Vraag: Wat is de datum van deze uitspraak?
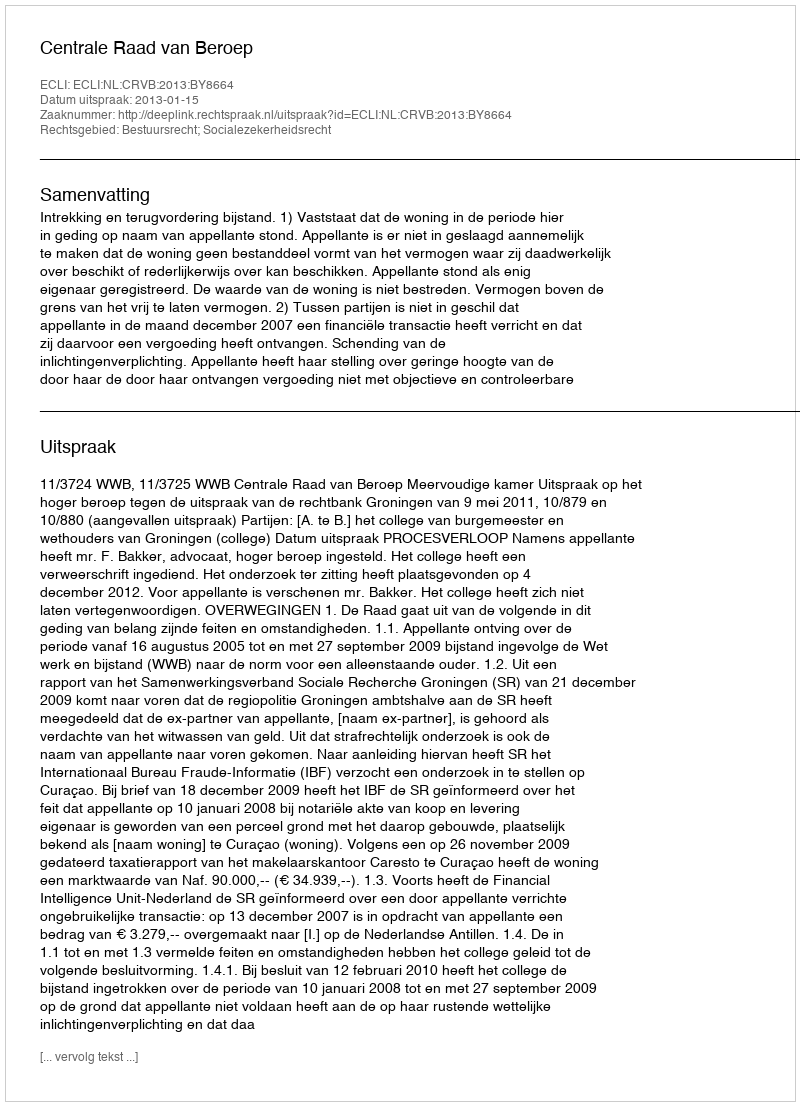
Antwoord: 2013-01-15